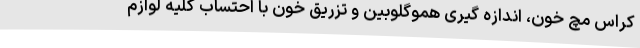
کراس مچ خون، اندازه گیری هموگلوبین و تزریق خون با احتساب کلیه لوازم